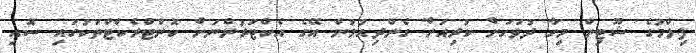
ފިލްމުގެ ޝޫޓިން މިހާ ދުވަހަށް ކުރިއަށް ގެންދިއުމުން އޭގެ އެކްޓަރުންނަށް ކޮންޓްރެކްޓްތަކުގައި ސޮއި